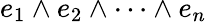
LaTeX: e_{1}\wedge e_{2}\wedge\cdots\wedge e_{n}